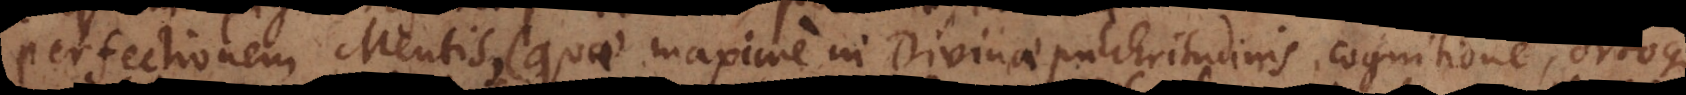
perfectionem Mentis (quae maxime in Divinae pulchritudinis cognitione, ortoque